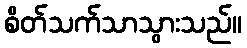
စိတ်သက်သာသွားသည်။